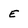
Character: E